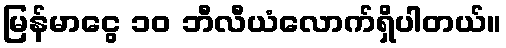
မြန်မာငွေ ၁၀ ဘီလီယံလောက်ရှိပါတယ်။